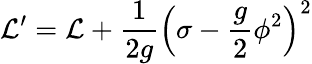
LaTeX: \mathcal{L}^{\prime}=\mathcal{L}+\frac{1}{2g}\left(\sigma-\frac{g}{2}\phi^{2}\right)^{2}